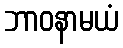
ဘာဝနာမယံ